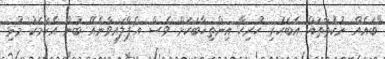
"ބައެއް ނުކުތާތައް އެބަހުރި ހުރިހާ އިންތިޚާބަކަށް ވެސް އެޕްލައިވާނެއޭ ބުނާ އެކަމަކު މުޅި